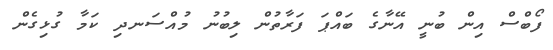
ފޯބްސް އިން ބުނީ އޭނާގެ ބައްޕަ ފަރާތުން ލިބުނު މުއްސަނދި ކަމާ ގުޅިގެން